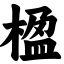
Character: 楹